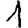
Digit: 1